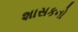
શાસકનો